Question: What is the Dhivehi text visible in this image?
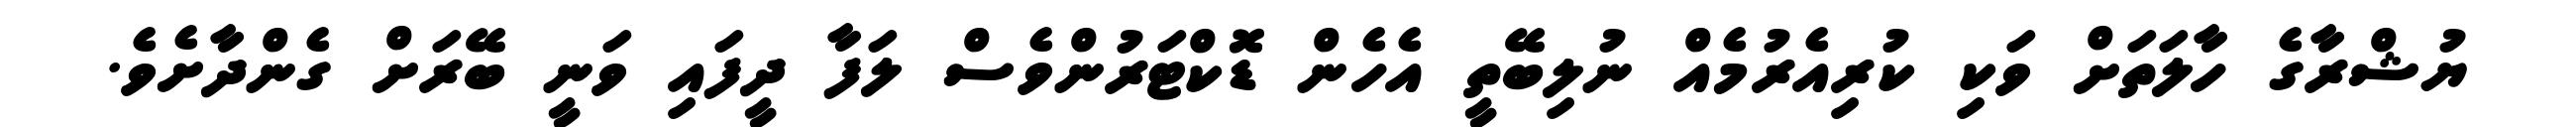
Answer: ޔުޝްރާގެ ހާލަތަށް ވަކި ކުރިއެރުމެއް ނުލިބޭތީ އެހެން ޑޮކްޓަރުންވެސް ލަފާ ދީފައި ވަނީ ބޭރަށް ގެންދާށެވެ.